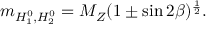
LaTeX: m _ { H _ { 1 } ^ { 0 } , H _ { 2 } ^ { 0 } } = M _ { Z } ( 1 \pm \sin 2 \beta ) ^ { \frac { 1 } { 2 } } .